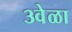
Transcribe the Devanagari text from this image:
३वेळा